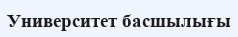
Университет басшылығы